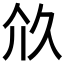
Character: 𠇧